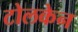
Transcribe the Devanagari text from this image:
टोलकेन